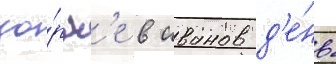
зо́рьк'е в иванов д'е́нь